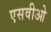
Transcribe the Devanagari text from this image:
एसवीओ